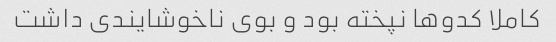
کاملا کدوها نپخته بود و بوی ناخوشایندی داشت